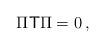
\begin{align*} \Pi\mathsf{T}\Pi=0\,,\end{align*}